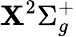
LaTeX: \mathbf{X}^{2}\Sigma_{g}^{+}